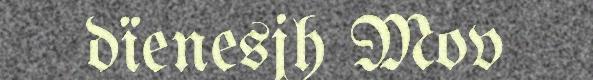
dïenesjh Mov